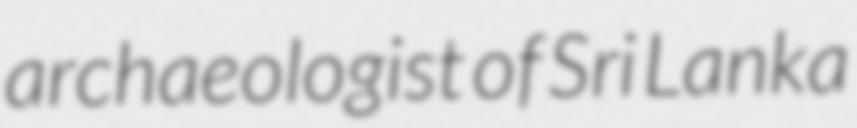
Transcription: archaeologist of Sri Lanka